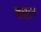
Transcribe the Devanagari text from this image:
बन्नान